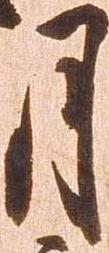
月